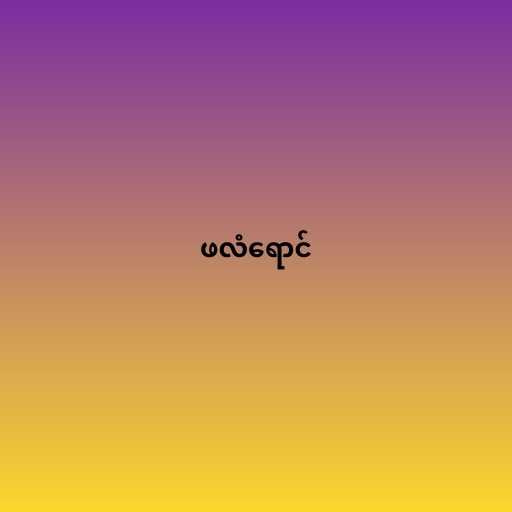
ဖလံရောင်